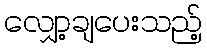
လျှော့ချပေးသည့်